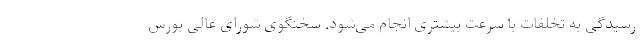
رسیدگی به تخلفات با سرعت بیشتری انجام می‌شود. سخنگوی شورای عالی بورس